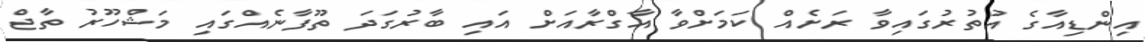
އިންޑިއާގެ އުތުރުގައިވާ ރަށެއް ކަމަށްވާ އާގްރާއަށް އައި ބާރުގަދަ ތޫފާނެއްގައި މަޝްހޫރު ތާޖް